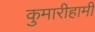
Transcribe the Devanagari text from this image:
कुमारीहामी